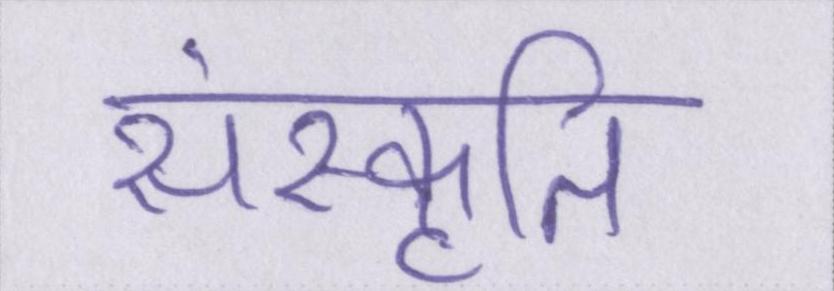
संस्कृति